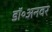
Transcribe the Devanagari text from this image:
डॉ॰अनवर